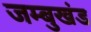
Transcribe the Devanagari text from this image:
जम्बुखंड